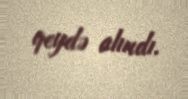
qeydə alındı.